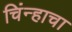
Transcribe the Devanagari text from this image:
चिंन्हाचा